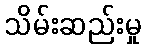
သိမ်းဆည်းမှု